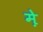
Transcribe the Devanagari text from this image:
म़े